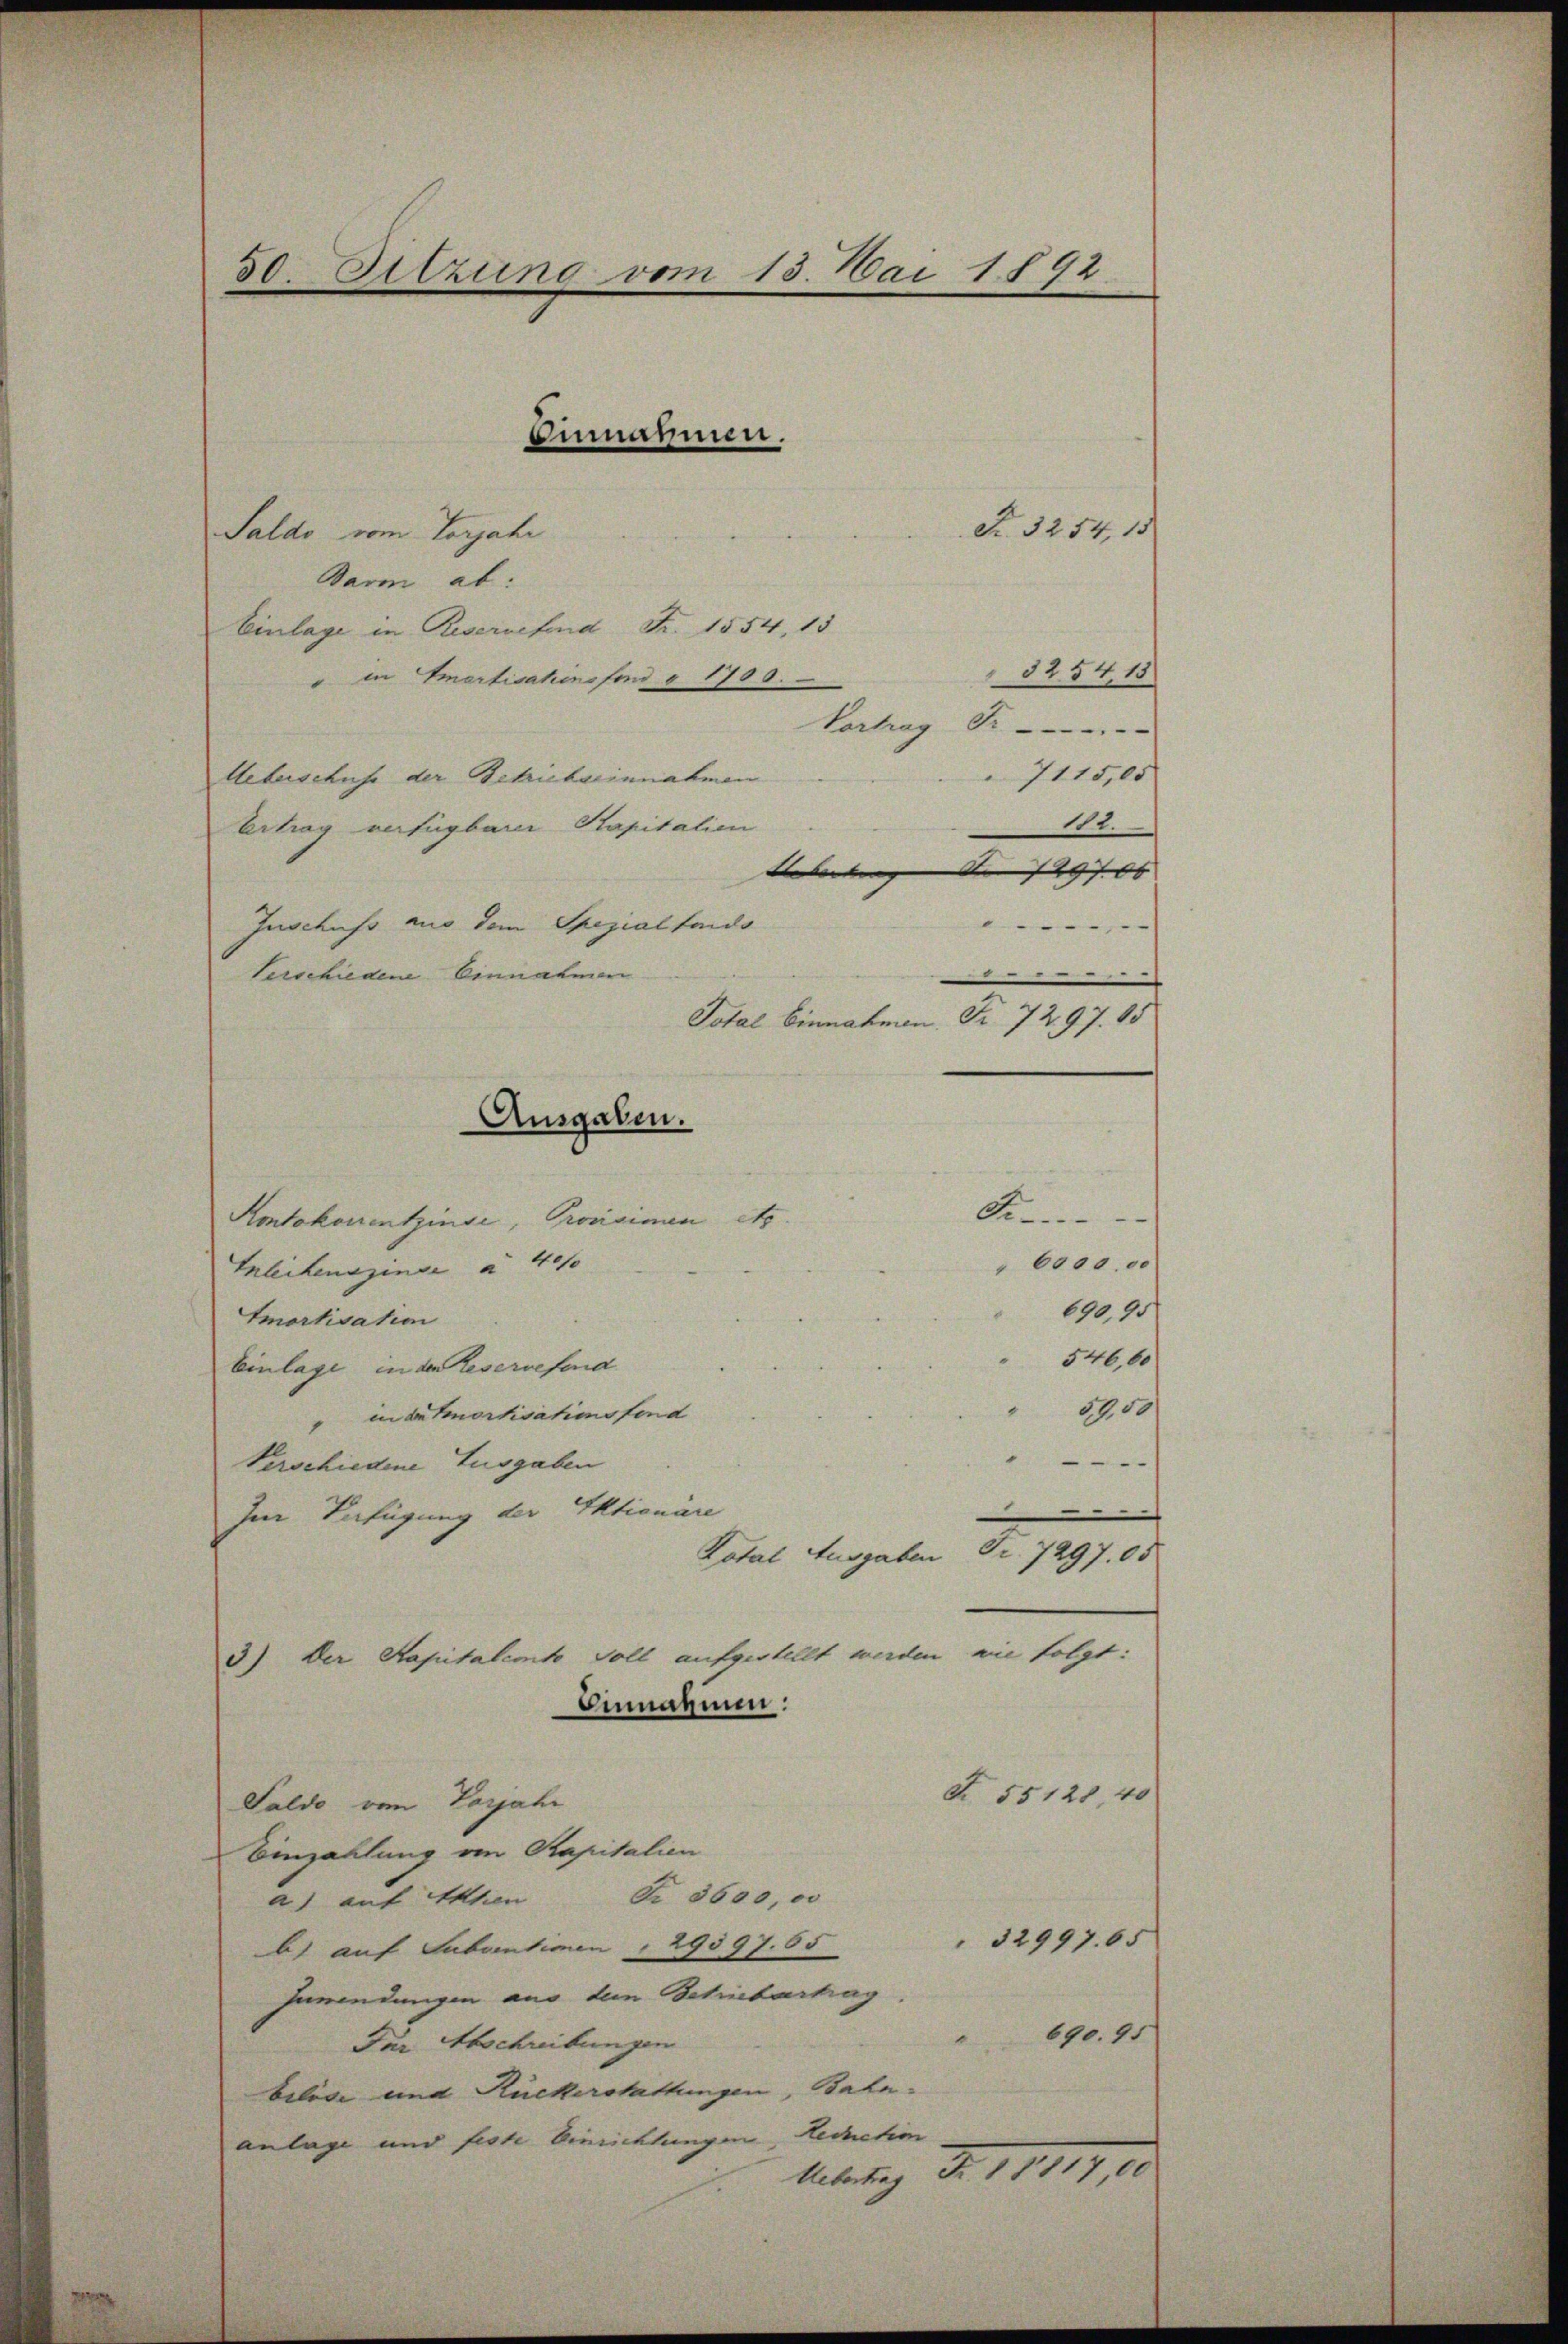
50 Sitzung vom 13. Mai 1892.
Einnahmen.

Fr. 3254, 15
Saldo vom Vorjahr
Barm ab:
Einlage in Reservefond Fr. 1554, 13
3254, 13
" in Amortischensfond § 1700.
Vortrag Fr.
7115,05
Ueberschufe der Behutseinnahmen
112.
Ertrag verfügbarer Kapitalien
A129706
tlebent |
1
Inschuss aus dem Spezialfonds
e
Verschiedene Einnahmen
Total Einnahmen. Fr. 7297. 15
F
Aotokonentzinge, Provisimen etc.
" 6000. 00
Tnleitenszinse à 40/0
69091
tmortisatio
546,
Einlage in der Reservefend
59,50
in Amortisationsfond

Verschiedene Ausgaben
8
Im Verfügung der Aktionäre
Kotal Ausgaben Fr. 7297. 05
3) Der Kapitalento Soll aufgestellt werden wie folgt:
Einnahmen:
F. 55128, 40
Saldo von Vorjahr
Einzahlung von Kapitalien
a) auf Aktien Fr. 3600,00
32997. 65
b. auf Subventimen " 29397. 65
Zuwendungen aus den Betrubertag
690. 91
Für Abschreibungen
bilde und Ruckerstattungen, Bahn.
anlage und feste Einrichtungen Reduction
Macbetag Nr. 1819, 10

Ausgaben.